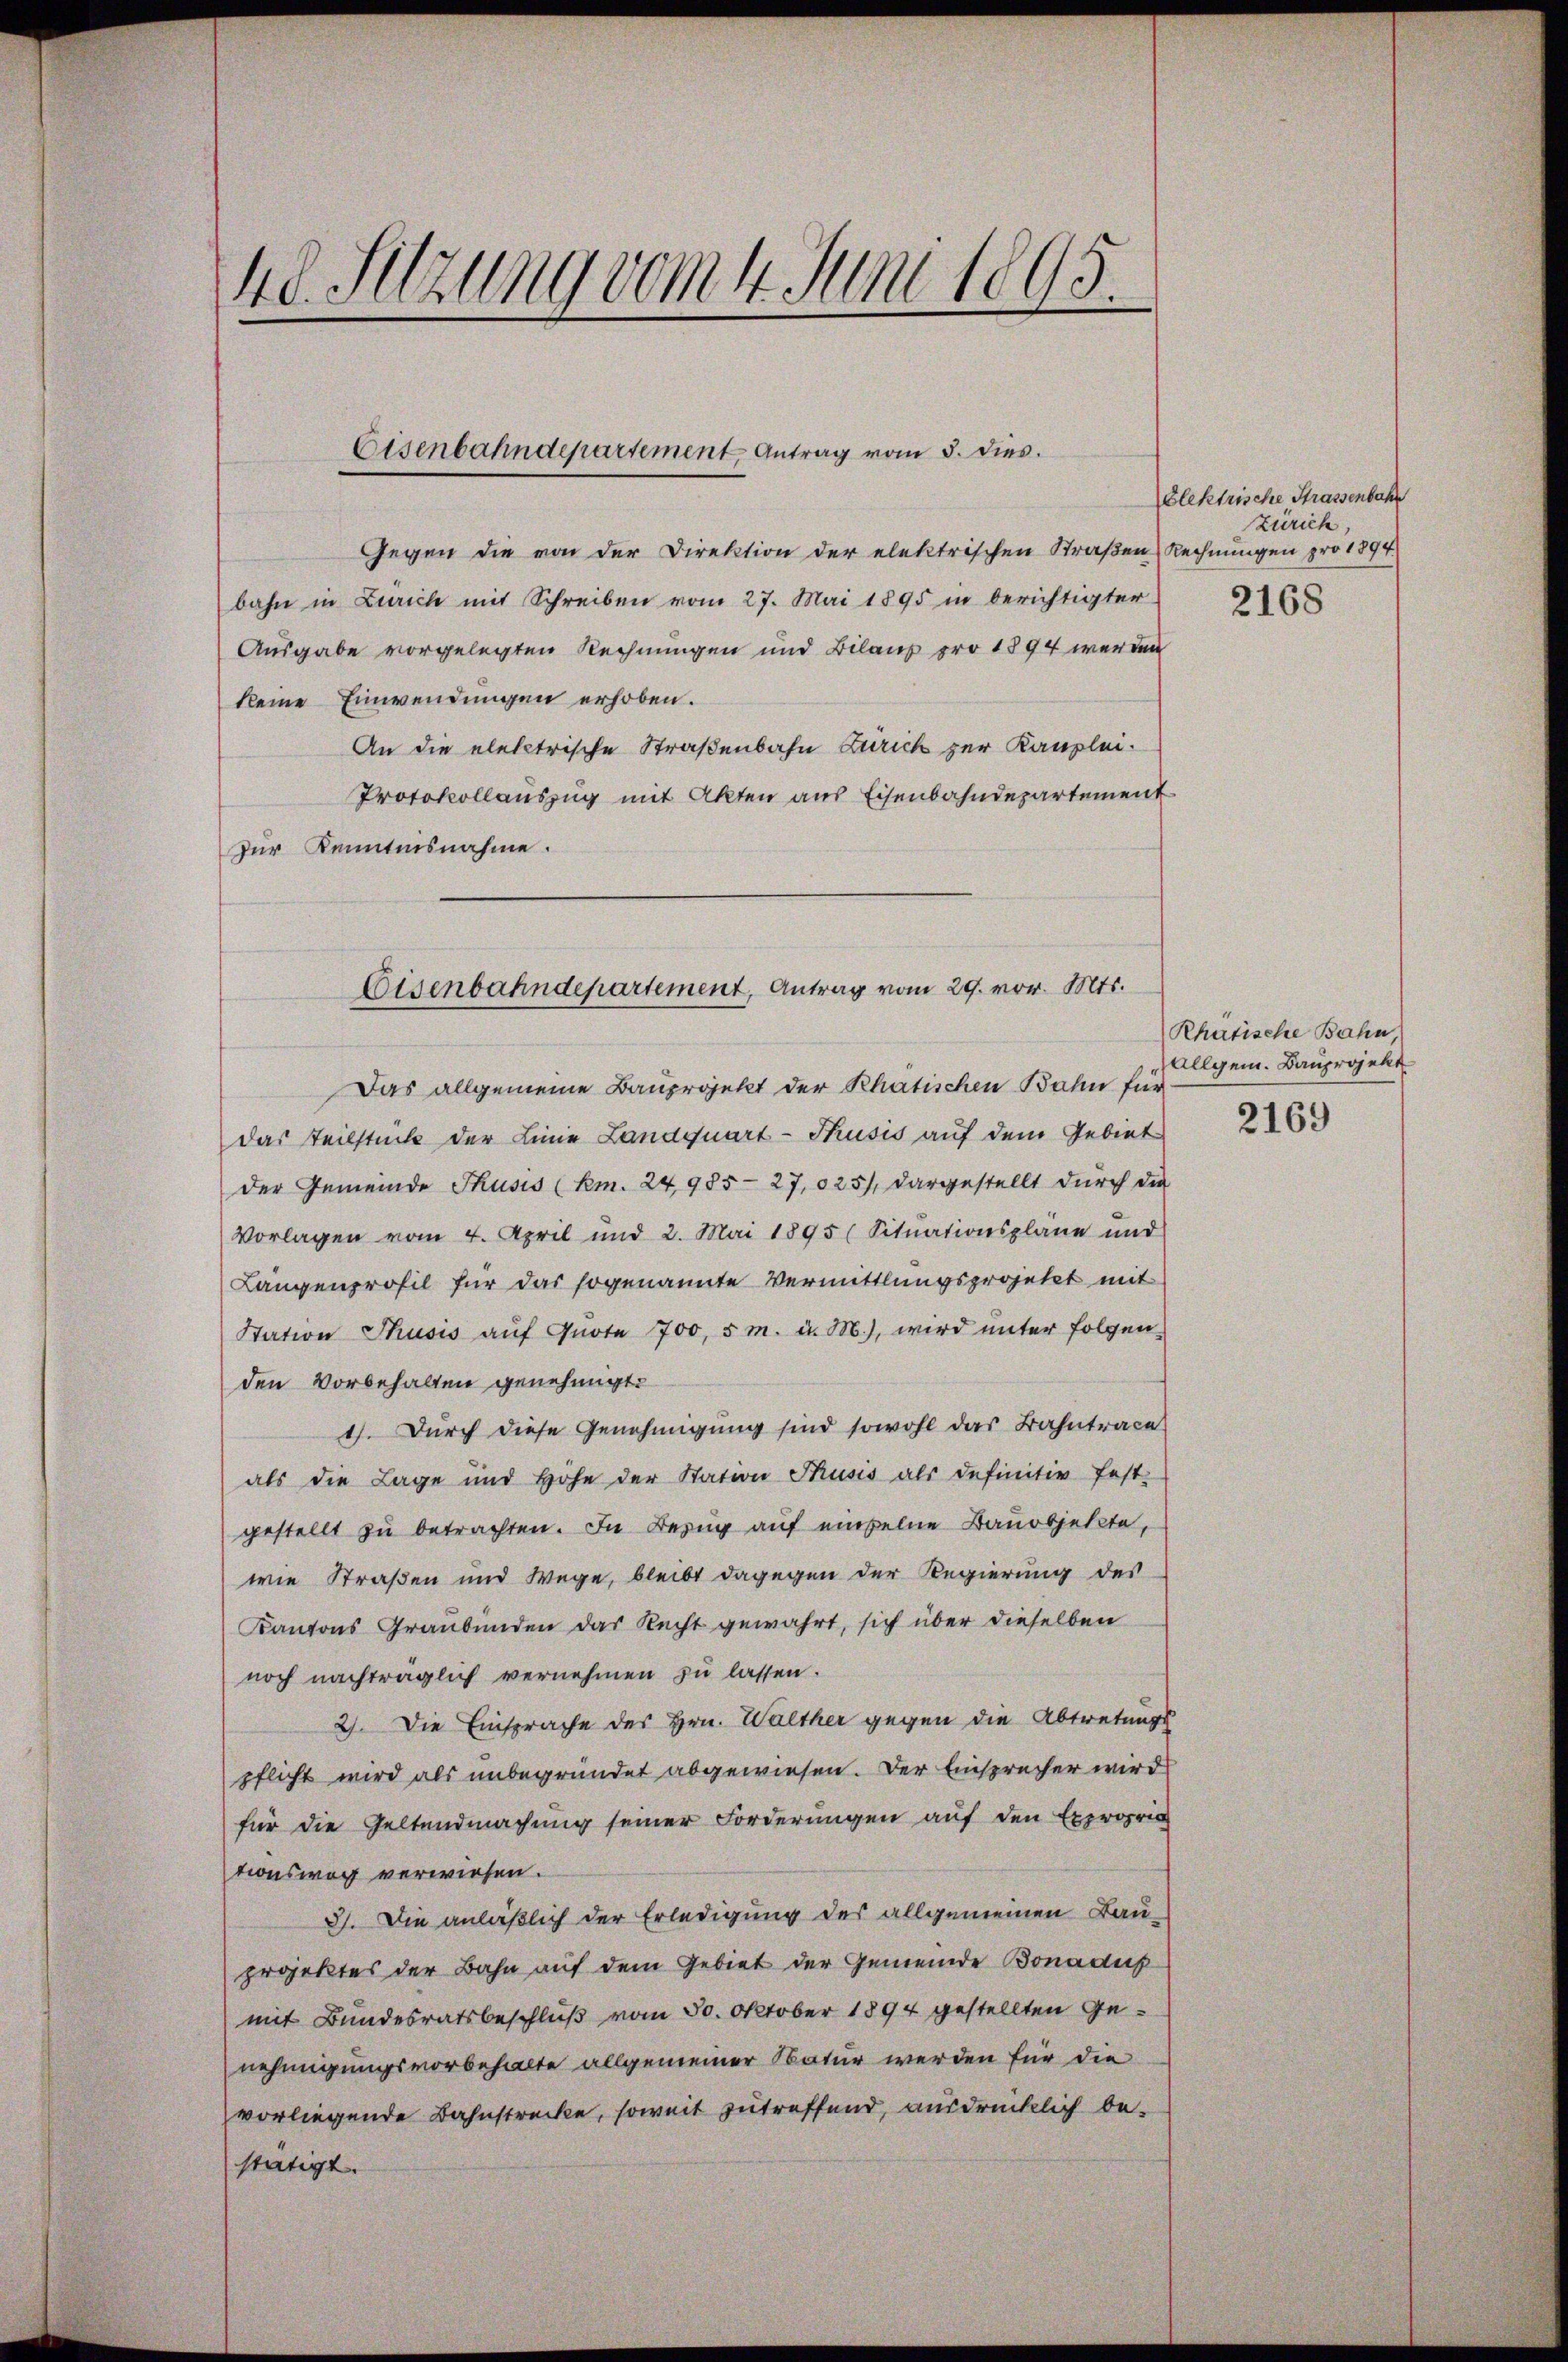
48. Setzung vom 4. Juni 1895.

Gegen die von der Direktion der elektrischen Straßen Rechnungen pro 1894.
bahn in Zürich mit Schreiben vom 27. Mai 1895 in berichtigter
Ausgabe vorgelegten Rechnungen und Bilanz pro 1894 werden
keine Einwendungen erhoben.
An die elektrische Straßenbahn Zürich zur Kanzlei-
Protokollauszug mit Akten aus Eisenbahndepartement
zur Kenntnisnahme.

Eisenbahndepartement, Antrag vom 5. dies.

Eisenbahndepartement, Antrag vom 29. vor. Mts.

Das allgemeine Bauprojekt der Rhätischen Bahn für
das Teilstück der Linie Landquart-Thusis auf dem Gebiet
der Gemeinde Thusis (Km. 24985-27,025), dargestellt durch die
Vorlagen vom 4. April und 2. Mai 1895 (Situationsplane und
Längenprofil für das sogenannte Vermittlungsprojetzt mit
Station Thusis aŭf Quote 700, 5 m. u. M.), wird unter folgen-
den Vorbehalten genehmigt.
4. Durch diese Genehmigung sind sowohl das Bahntrace
als die Lage und Höhe der Station Thusis als definitiv fest-
gestellt zŭ betrachten. In Bezug auf einzelne Bauobjekte,
wie Straßen und Wege, bleibt dagegen der Regierung des
Kantons Graubünden das Recht gewahrt, sich über dieselben
noch nachträglich vernehmen zu lassen.
2). Die Einsprache des Hrn. Walther gegen die Abtretungs
pflicht wird als unbegründet abgewiesen. Der Einsprecher wird
für die Geltendmachung seiner Forderungen auf den Expropri
tionsweg verwiesen.
3). Die anläßlich der Erledigung des allgemeinen Bauprojektes der Bahn auf dem Gebiet der Gemeinde Bonadus
mit Bundesratsbeschluß vom 30. Oktober 1894 gestellten Genehmigungsvorbehalte allgemeiner Natur werden für die
vorliegende Bahnstrecke, soweit zutreffend, ausdrücklich bestätigt.

Elektrische Strassenbahr
Zürich

2168

Rhätische Bahn,
Allgem. Bauprojekt

2169